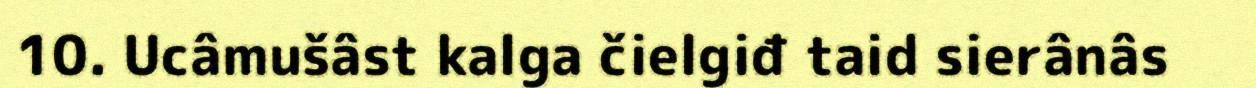
10. Ucâmušâst kalga čielgiđ taid sierânâs